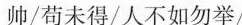
帅/苟未得/人不如匆举/